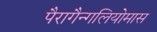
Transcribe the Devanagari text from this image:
पैरागैन्गलियोमास